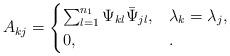
LaTeX: \begin{align*}A_{kj}=\begin{cases}\sum_{l=1}^{n_1}\Psi_{kl}\bar \Psi_{jl},&\lambda_k=\lambda_j,\\0,&.\end{cases}\end{align*}